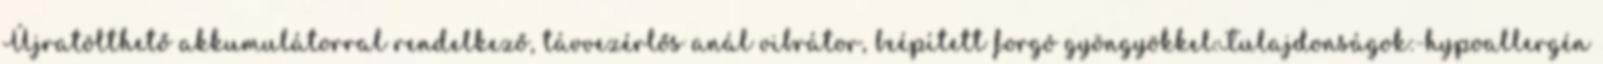
Újratölthető akkumulátorral rendelkező, távvezérlős anál vibrátor, beépített forgó gyöngyökkel.Tulajdonságok:-hypoallergén